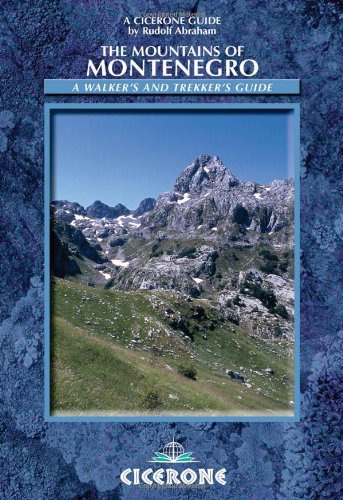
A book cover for The Mountains of Montenegro; Rudolf Abraham; Travel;